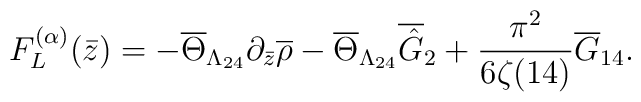
F_{L}^{(\alpha)}(\bar{z})=-\overline{\Theta}_{\Lambda_{24}}\partial_{\bar{z}}\overline{\rho}-\overline{\Theta}_{\Lambda_{24}}\overline{\hat{G}}_{2}+\frac{\pi^{2}}{6\zeta(14)}\overline{G}_{14}.